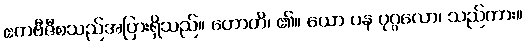
ဧကဗီဇီစသည်အပြားရှိသည်။ ဟောတိ၊ ၏။ ယော ပန ပုဂ္ဂလော၊ သည်ကား။